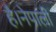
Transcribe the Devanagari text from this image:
है।नेपाली